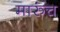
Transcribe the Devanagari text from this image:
मारुंच